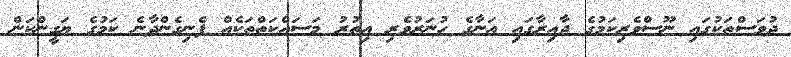
ދުވަސްތަކުގައި ނޫސްވެރިކަމުގެ ދާއިރާގައި އަނާގެ ހުނަރުވެރި އިތުރު މަސައްކަތްތަކެއް ފެނިގެންދާނެ ކަމުގެ ޔަގީންކަން